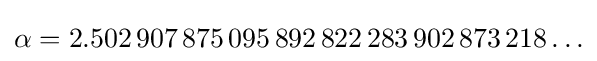
\alpha =2.502\,907\,875\,095\,892\,822\,283\,902\,873\,218\ldots